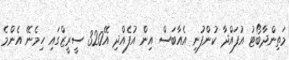
މަތިންދާބޯޓު އުފައްދާ ކުންފުނި އެއާބަސް އިން އުފެއްދި އޭ320 ސީރީޒްގައި ހިމެނޭ އެންމެ